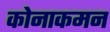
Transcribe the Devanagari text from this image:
कोनाकमन